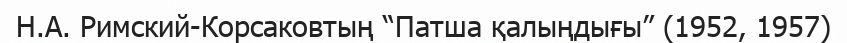
Н.А. Римский-Корсаковтың “Патша қалыңдығы” (1952, 1957)